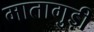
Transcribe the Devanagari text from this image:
मातागुड़ी